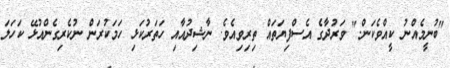
"ބުނީމެއްނު ކީއްވެކަން." ވަރުދާގެ އެސްފިޔަތައް ތިރިވިއެވެ. ނާޝިދުއާއި ހަތަރުކަޅި ހަމަކުރަން ނުކެރިގެންއުޅޭ ކަހަލަ